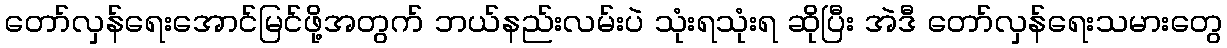
တော်လှန်ရေးအောင်မြင်ဖို့အတွက် ဘယ်နည်းလမ်းပဲ သုံးရသုံးရ ဆိုပြီး အဲဒီ တော်လှန်ရေးသမားတွေ